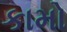
કામો